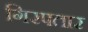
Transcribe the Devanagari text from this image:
गिरफ्तार